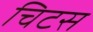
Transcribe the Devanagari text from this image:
चिटस